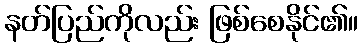
နတ်ပြည်ကိုလည်း ဖြစ်စေနိုင်၏။